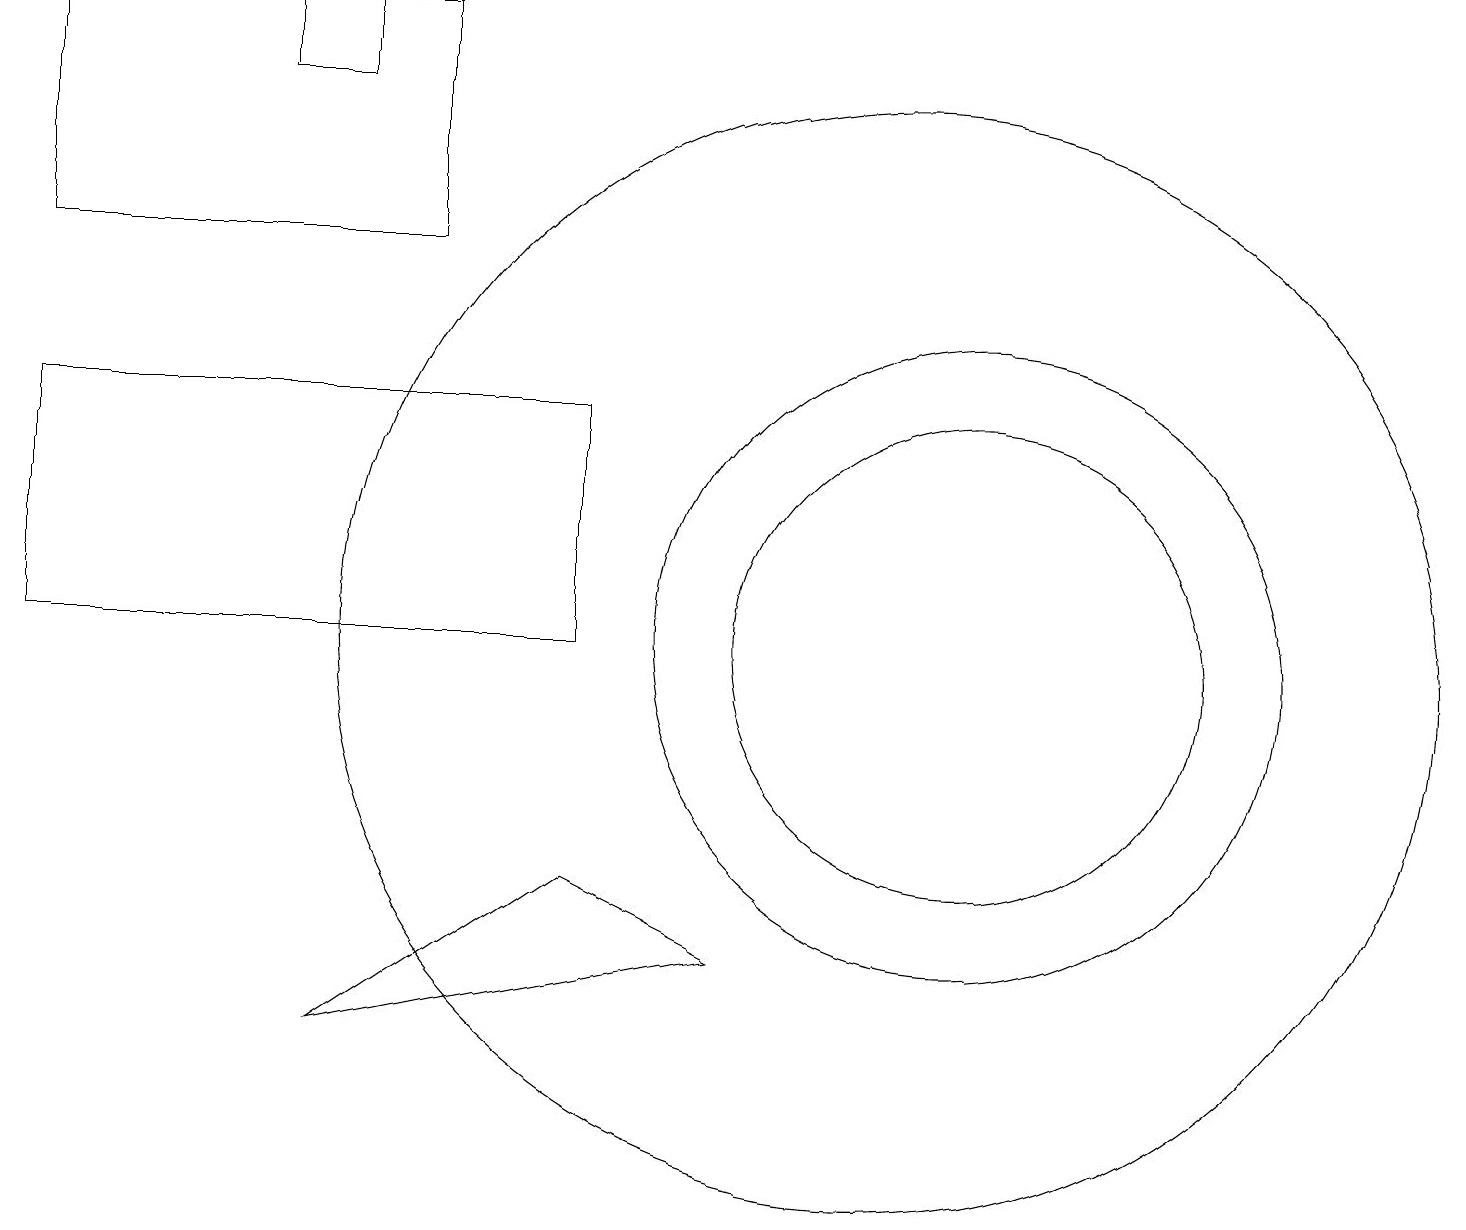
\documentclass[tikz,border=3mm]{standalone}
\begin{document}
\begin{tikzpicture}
\draw (12,11) circle (4);
\draw (7,8) -- (9,7) -- (4,6) -- cycle;
\draw (3,18) rectangle (4,19);
\draw (12,11) circle (3);
\draw (10,11) circle (0);
\draw (11,11) circle (7);
\draw (7,14) rectangle (0,11);
\draw (5,16) rectangle (0,19);
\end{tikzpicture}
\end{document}